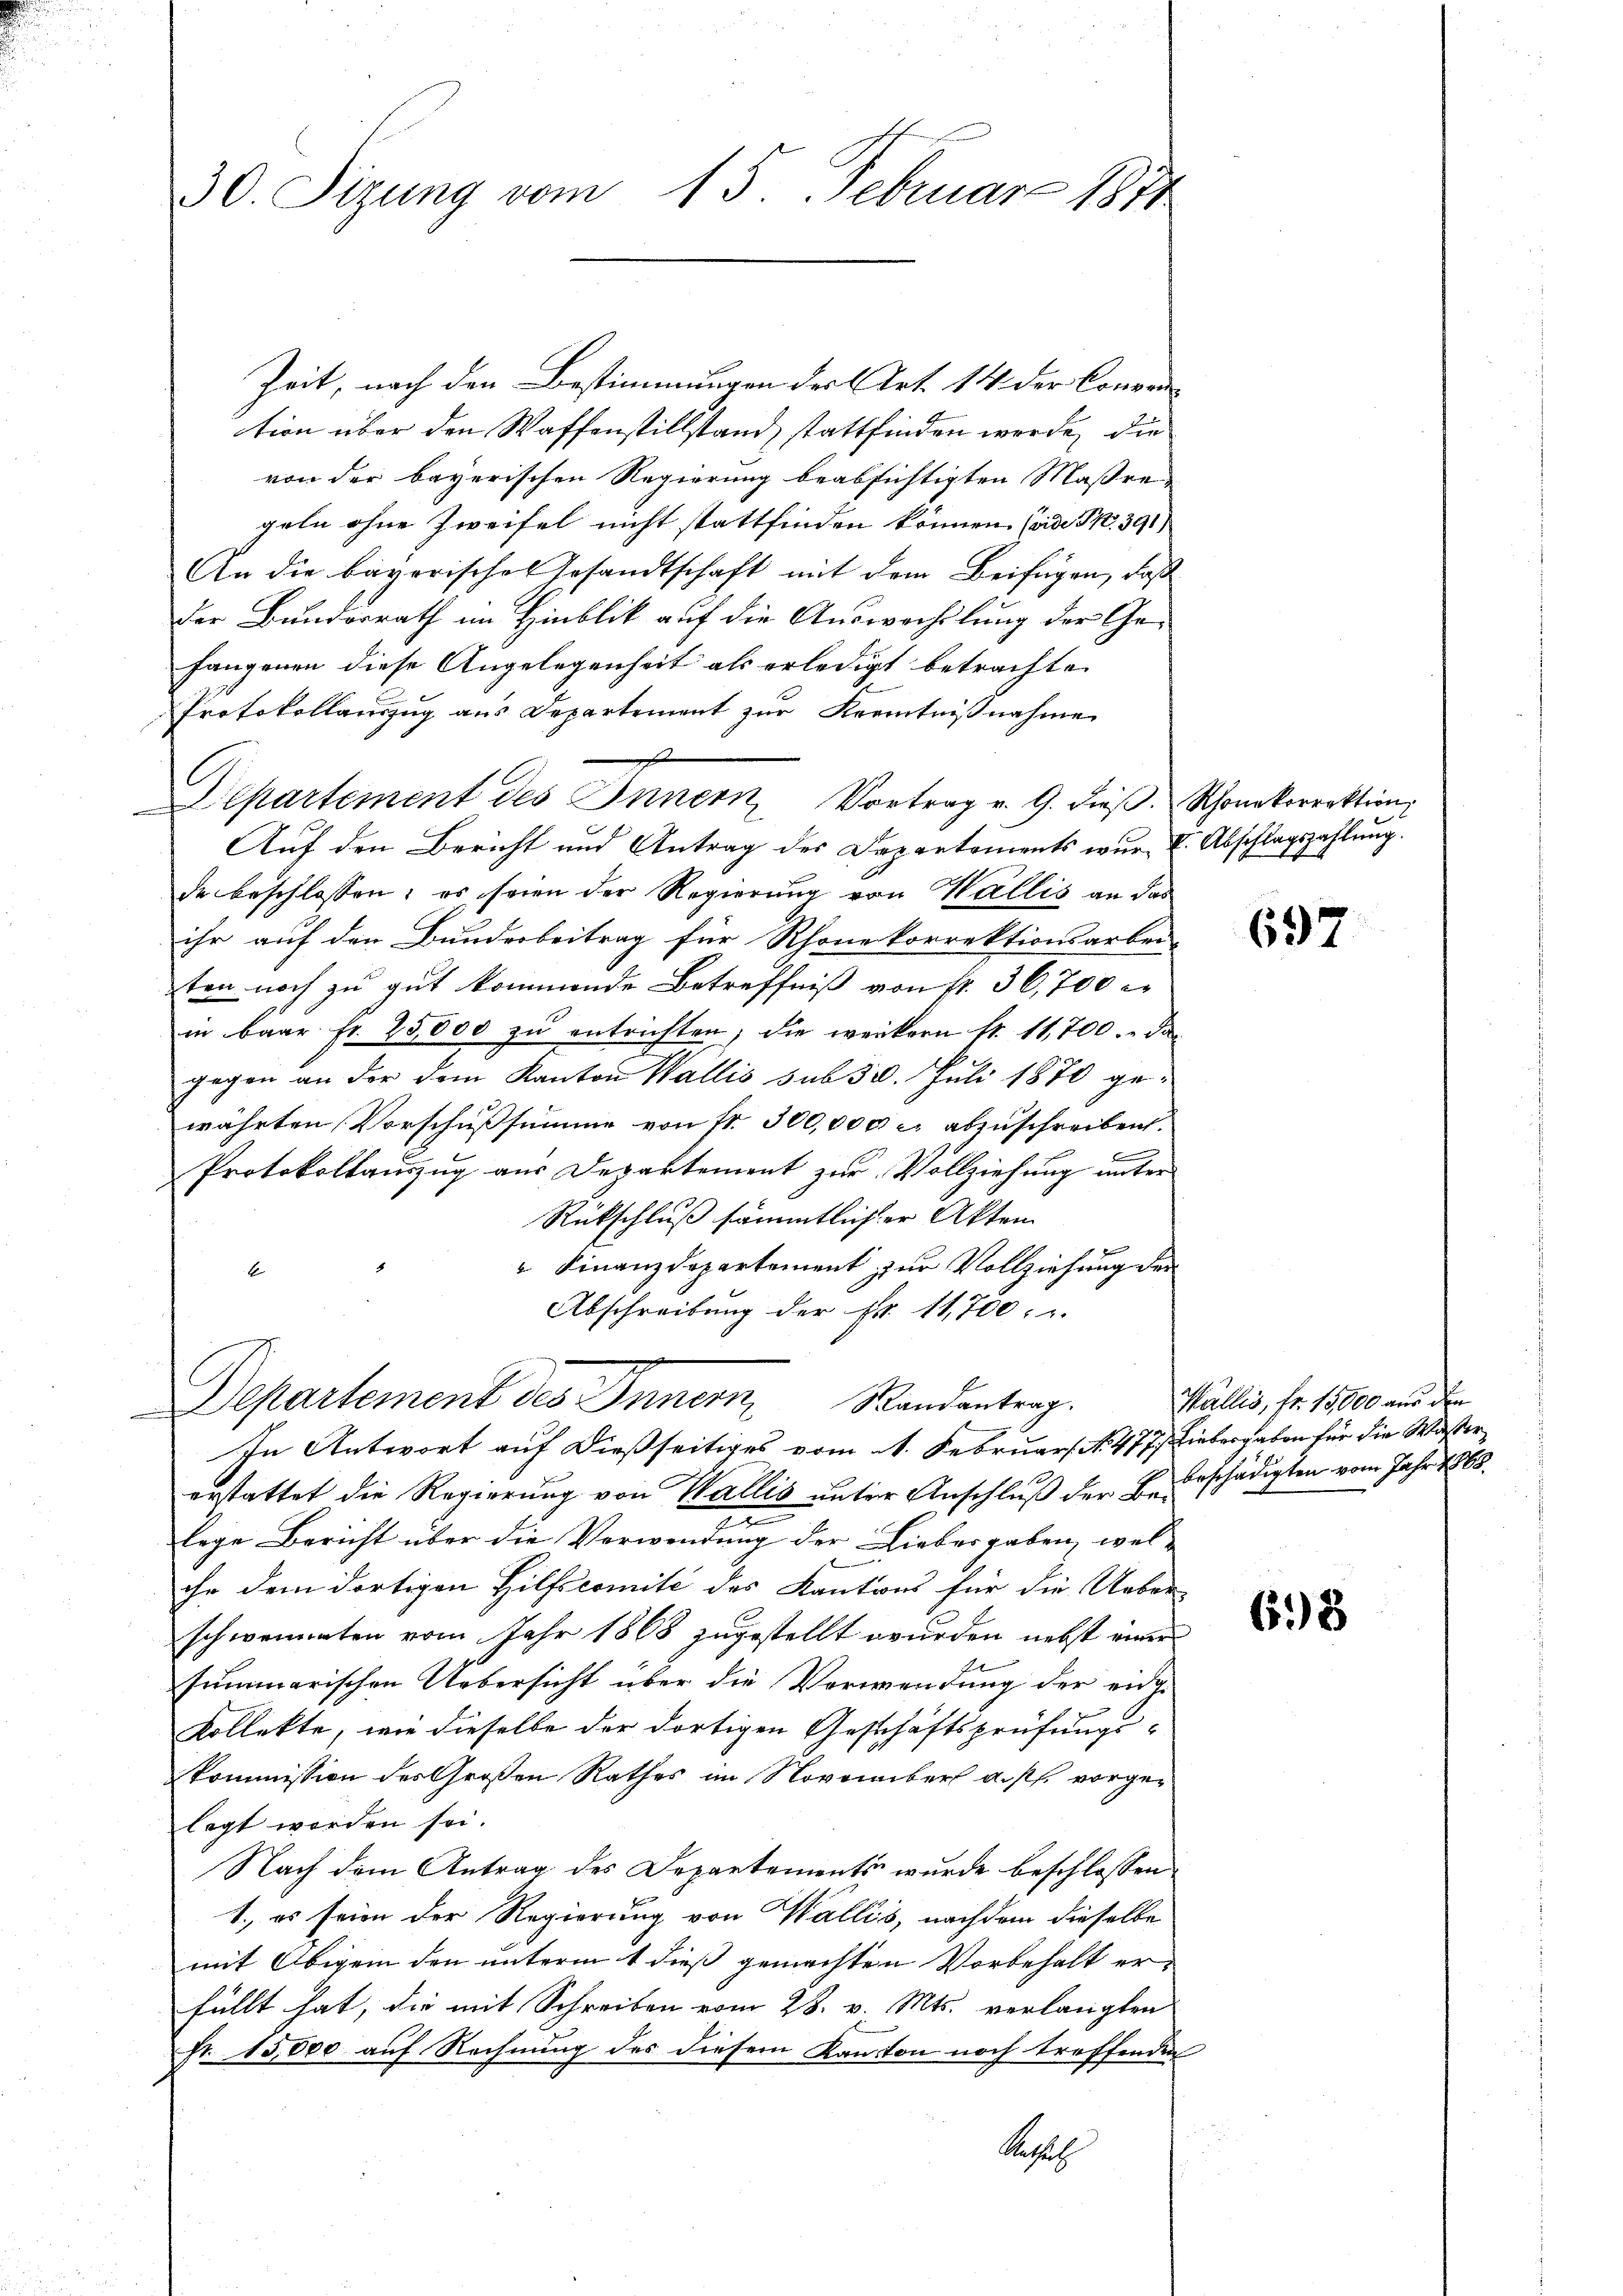
30. Sizung vom 15. Februar 1811

Zeit, nach den Bestimmungen des Art. 14 der Conven
tion über den Waffenstillstand stattfinden werde, die
von der bayerischen Regierung beabsichtigten Maßregeln ohne Zweifel nicht stattfinden können. (vide S. 391)
An die bayerisches Gesandtschaft mit dem Beifügen, daß
der Bundesrath im Hinblik auf die Auswachslung der Gefangenen diese Angelegenheit als erledigt betrachte
Protokollauszug aus Departement zur Kenntnißnahme
h
Auf den Bericht und Antrag der Departements wur- I. Abschlagszahlung.
de beschlossen; es seien der Regierung von Wallis an das
ihr auf den Bundesbeitrag für Rhonekorrektionsarbei-
ten noch zu gut kommende Betreffniß von fr. 36,700 c
in baar fr. 25,000 zu entrichten; die weitern fr. 11,700. das
gegen an der dem Kanton Wallis sub 50. Juli 1870 gewährten Vorschußsumme von fr. 300,000 c. abzuschreiben.

Protokollauszug aus Departement zur Vollziehung unter |
Rückschluß sämmtlicher Akten
 Finanzdepartement zur Vollziehung der
6
Abschreibung der Nr. 11,700.
Departement des Innern, Randantrag.
In Antwort auf dießseitiges vom 11. Februars N. 477.) Liebergaben für die Waßererstattet die Regierung von Wallis unter Anschluß der Begeschädigten vom Jahr 1863.
lege Bericht über die Vorwendung der Liebergaben, wel-
ihr dem dortigen Hilfscomité des Kantons für die Ueber
schweineten vom Jahr 1868 zugestellt wurden nebst einer
summarischen Uebersicht über die Verwendung der eidge
kollekte, wie dieselbe der dortigen Geschäftsprüfungs-
kommission des Großen Rathes im November a. p. vorgelegt worden sei.
Nach dem Antrag des Departements wurde beschlossen
1., es seien der Regierung von Wallis, nachdem dieselbe
mit Obigem den unterm 1 dieß gemachten Vorbehalt er-
füllt hat, die mit Schreiben vom 28. v. Mts. verlangten
Fr. 15,000 auf Rechnung des diesem Kanton noch treffenden
Sassat

C

epartement des Innern Vortrag v. G. dieβ. Schonkorrektion,

697

Wallis, fr. 15,000 aus den

63